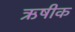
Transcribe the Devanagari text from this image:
ऋषीक